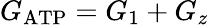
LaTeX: G_{\mathrm{ATP}}=G_{1}+G_{z}